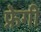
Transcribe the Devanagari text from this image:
फ्रेगी